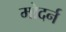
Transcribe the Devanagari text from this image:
मोदर्न